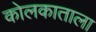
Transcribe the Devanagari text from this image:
कोलकाताला